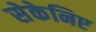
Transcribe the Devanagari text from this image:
सेकेनिए